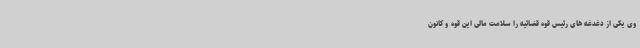
وی یکی از دغدغه های رئیس قوه قضائیه را سلامت مالی این قوه و کانون